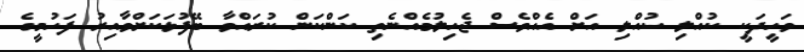
ވަހީދަކީ ކުއްލި ކުއްލި އަށް އެއްވެސް ޖެހިލުމެއްނެތި ކަންކަން ކުރައްވާ ބޭފުޅަކަށްވާއިރު ފަހުމީގެ